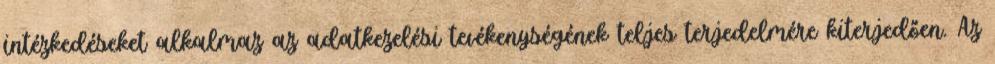
intézkedéseket alkalmaz az adatkezelési tevékenységének teljes terjedelmére kiterjedően. Az